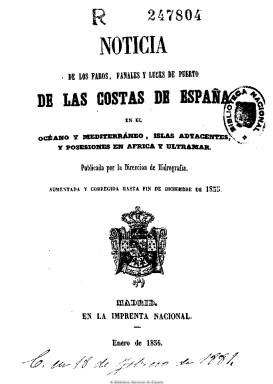
Título: Noticia de los faros, fanales y luces de puerto de las costas de España
Otros títulos: Alumbrado marítimo de las costas de España en Europa y Ultramar
Colección: Navegación
Ámbito geográfico: Madrid
Lugar de publicación: Madrid
Fechas: 01/01/1855-31/12/1857

Anuario oficial publicado por la Dirección de Hidrografía en el que se ofrece la relación de las señales marítimas y los faros y fanales establecidos tanto en el océano Atlántico como en el mar Mediterráneo, islas adyacentes y posesiones en África y Ultramar pertenecientes a España, indicando su año de inauguración y características técnicas, así como la legislación a estas cuestiones establecidas tras el Plan del alumbrado marítimo decretado en 1847. Es publicado en un cuadernillo de una treintena de páginas, impreso en Madrid por la Imprenta Nacional, con el fin de que la marina mercante tenga un conocimiento exacto para la navegación.